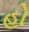
હો